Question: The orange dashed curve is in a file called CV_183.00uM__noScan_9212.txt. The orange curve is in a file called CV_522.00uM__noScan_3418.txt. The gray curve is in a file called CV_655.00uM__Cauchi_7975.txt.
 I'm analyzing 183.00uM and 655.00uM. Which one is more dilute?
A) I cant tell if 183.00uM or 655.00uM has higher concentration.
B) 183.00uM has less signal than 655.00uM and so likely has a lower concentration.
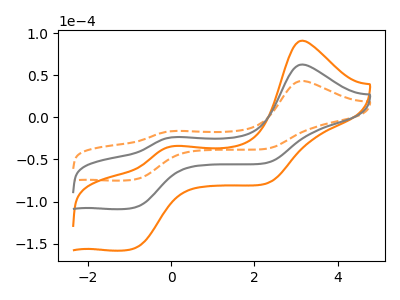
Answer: <think>The orange dashed curve "183.00uM" has anodic peaks at (3.15V, 43.20uA) (0.05V, -16.20uA) and cathodic peaks at (-0.90V, -73.80uA) (2.30V, -37.20uA). The orange curve "522.00uM" has anodic peaks at (3.15V, 125.35uA) (0.05V, -47.05uA) and cathodic peaks at (-0.90V, -214.20uA) (2.30V, -108.00uA). The gray curve "655.00uM" has anodic peaks at (3.15V, 62.70uA) (0.05V, -23.55uA) and cathodic peaks at (-0.90V, -107.10uA) (2.30V, -54.00uA).
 All the peaks in "183.00uM" have a peak in "655.00uM" at the same potential.</think>
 <answer>A) I cant tell if "183.00uM" or "655.00uM" has higher concentration.</answer>
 <eval>A</eval>